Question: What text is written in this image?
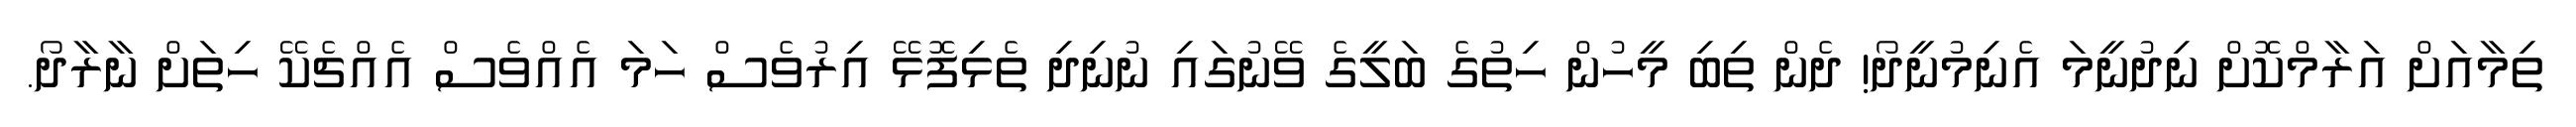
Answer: ތިމާއަށް އަރާމްކޮށް ނިދުނީމަ އެނިމުނީދޯ! ދެން ތިބި މީހުން ހިތުގެ ބަލީގެ ވޭނުގައި ނުނިދި ތެޅިފޮޅޭ އިރުވެސް ހަމަ އެއްވެސް އެއްޗެކޭ ހިތަށް ނާރާދޯ.